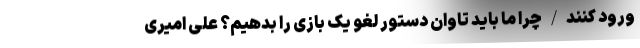
ورود کنند/چرا ما باید تاوان دستور لغو یک بازی را بدهیم؟ علی امیری